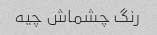
رنگ چشماش چیه